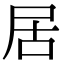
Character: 居